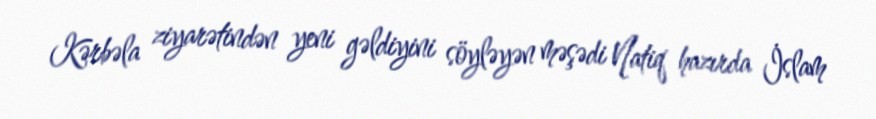
Kərbəla ziyarətindən yeni gəldiyini söyləyən məşədi Natiq hazırda İslam